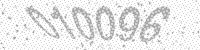
Solution: 010096